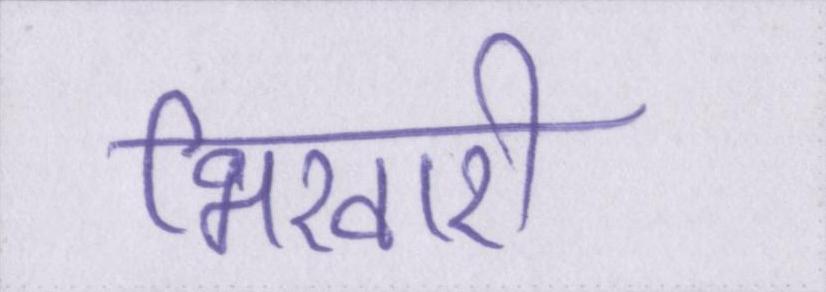
भिखारी